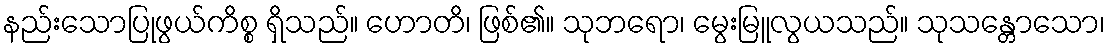
နည်းသောပြုဖွယ်ကိစ္စ ရှိသည်။ ဟောတိ၊ ဖြစ်၏။ သုဘရော၊ မွေးမြူလွယသည်။ သုသန္တောသော၊